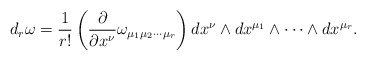
\begin{align*}d_{r} \omega = \frac{1}{r!} \left( \frac{\partial}{\partial x^{\nu}}\omega_{\mu_{1} \mu_{2}\cdots \mu_{r}}\right)dx^{\nu}\wedge dx^{\mu_{1}}\wedge \cdots \wedge dx^{\mu_{r}}.\end{align*}